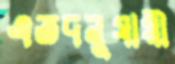
এতদনুযায়ী